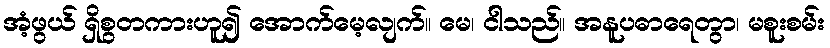
အံ့ဖွယ် ရှိစွတကားဟူ၍ အောက်မေ့လျက်။ မေ၊ ငါသည်။ အနူပဓာရေတွာ၊ မစူးစမ်း